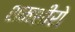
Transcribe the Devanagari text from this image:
शमशीरो